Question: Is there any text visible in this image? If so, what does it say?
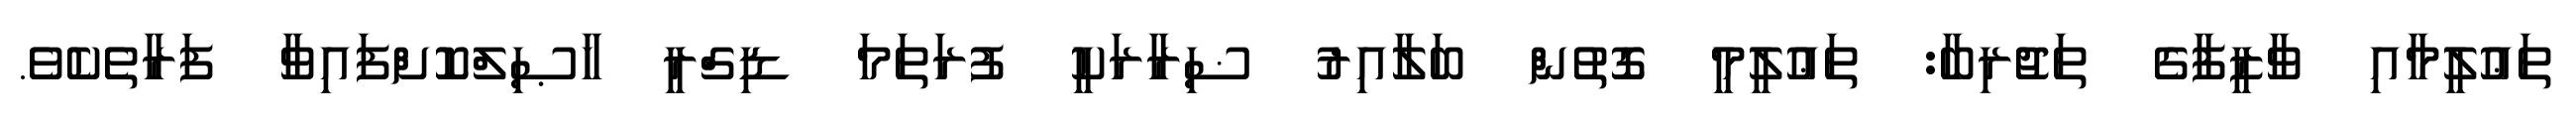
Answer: ތަޢުލީމާއި ވާޒީފާގެ ތަޖުރިބާ: ތަޢުލީމީ ގޮތުން ބަލާއިރު ޟިރާރަކީ ފުރަތަމަ ޑިގްރީ ހާޞިލްކޮށްފައިވާ ފަރާތެކެވެ.